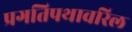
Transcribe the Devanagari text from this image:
प्रगतिपथावरिल